Bréfritari: Jóhannes Guðmundsson
Viðtakandi: Jón Borgfirðings Jónsson
Dagsetning: A-1866-02-11
Skrifað á: Gunnsteinsstöðum  A-Hún.

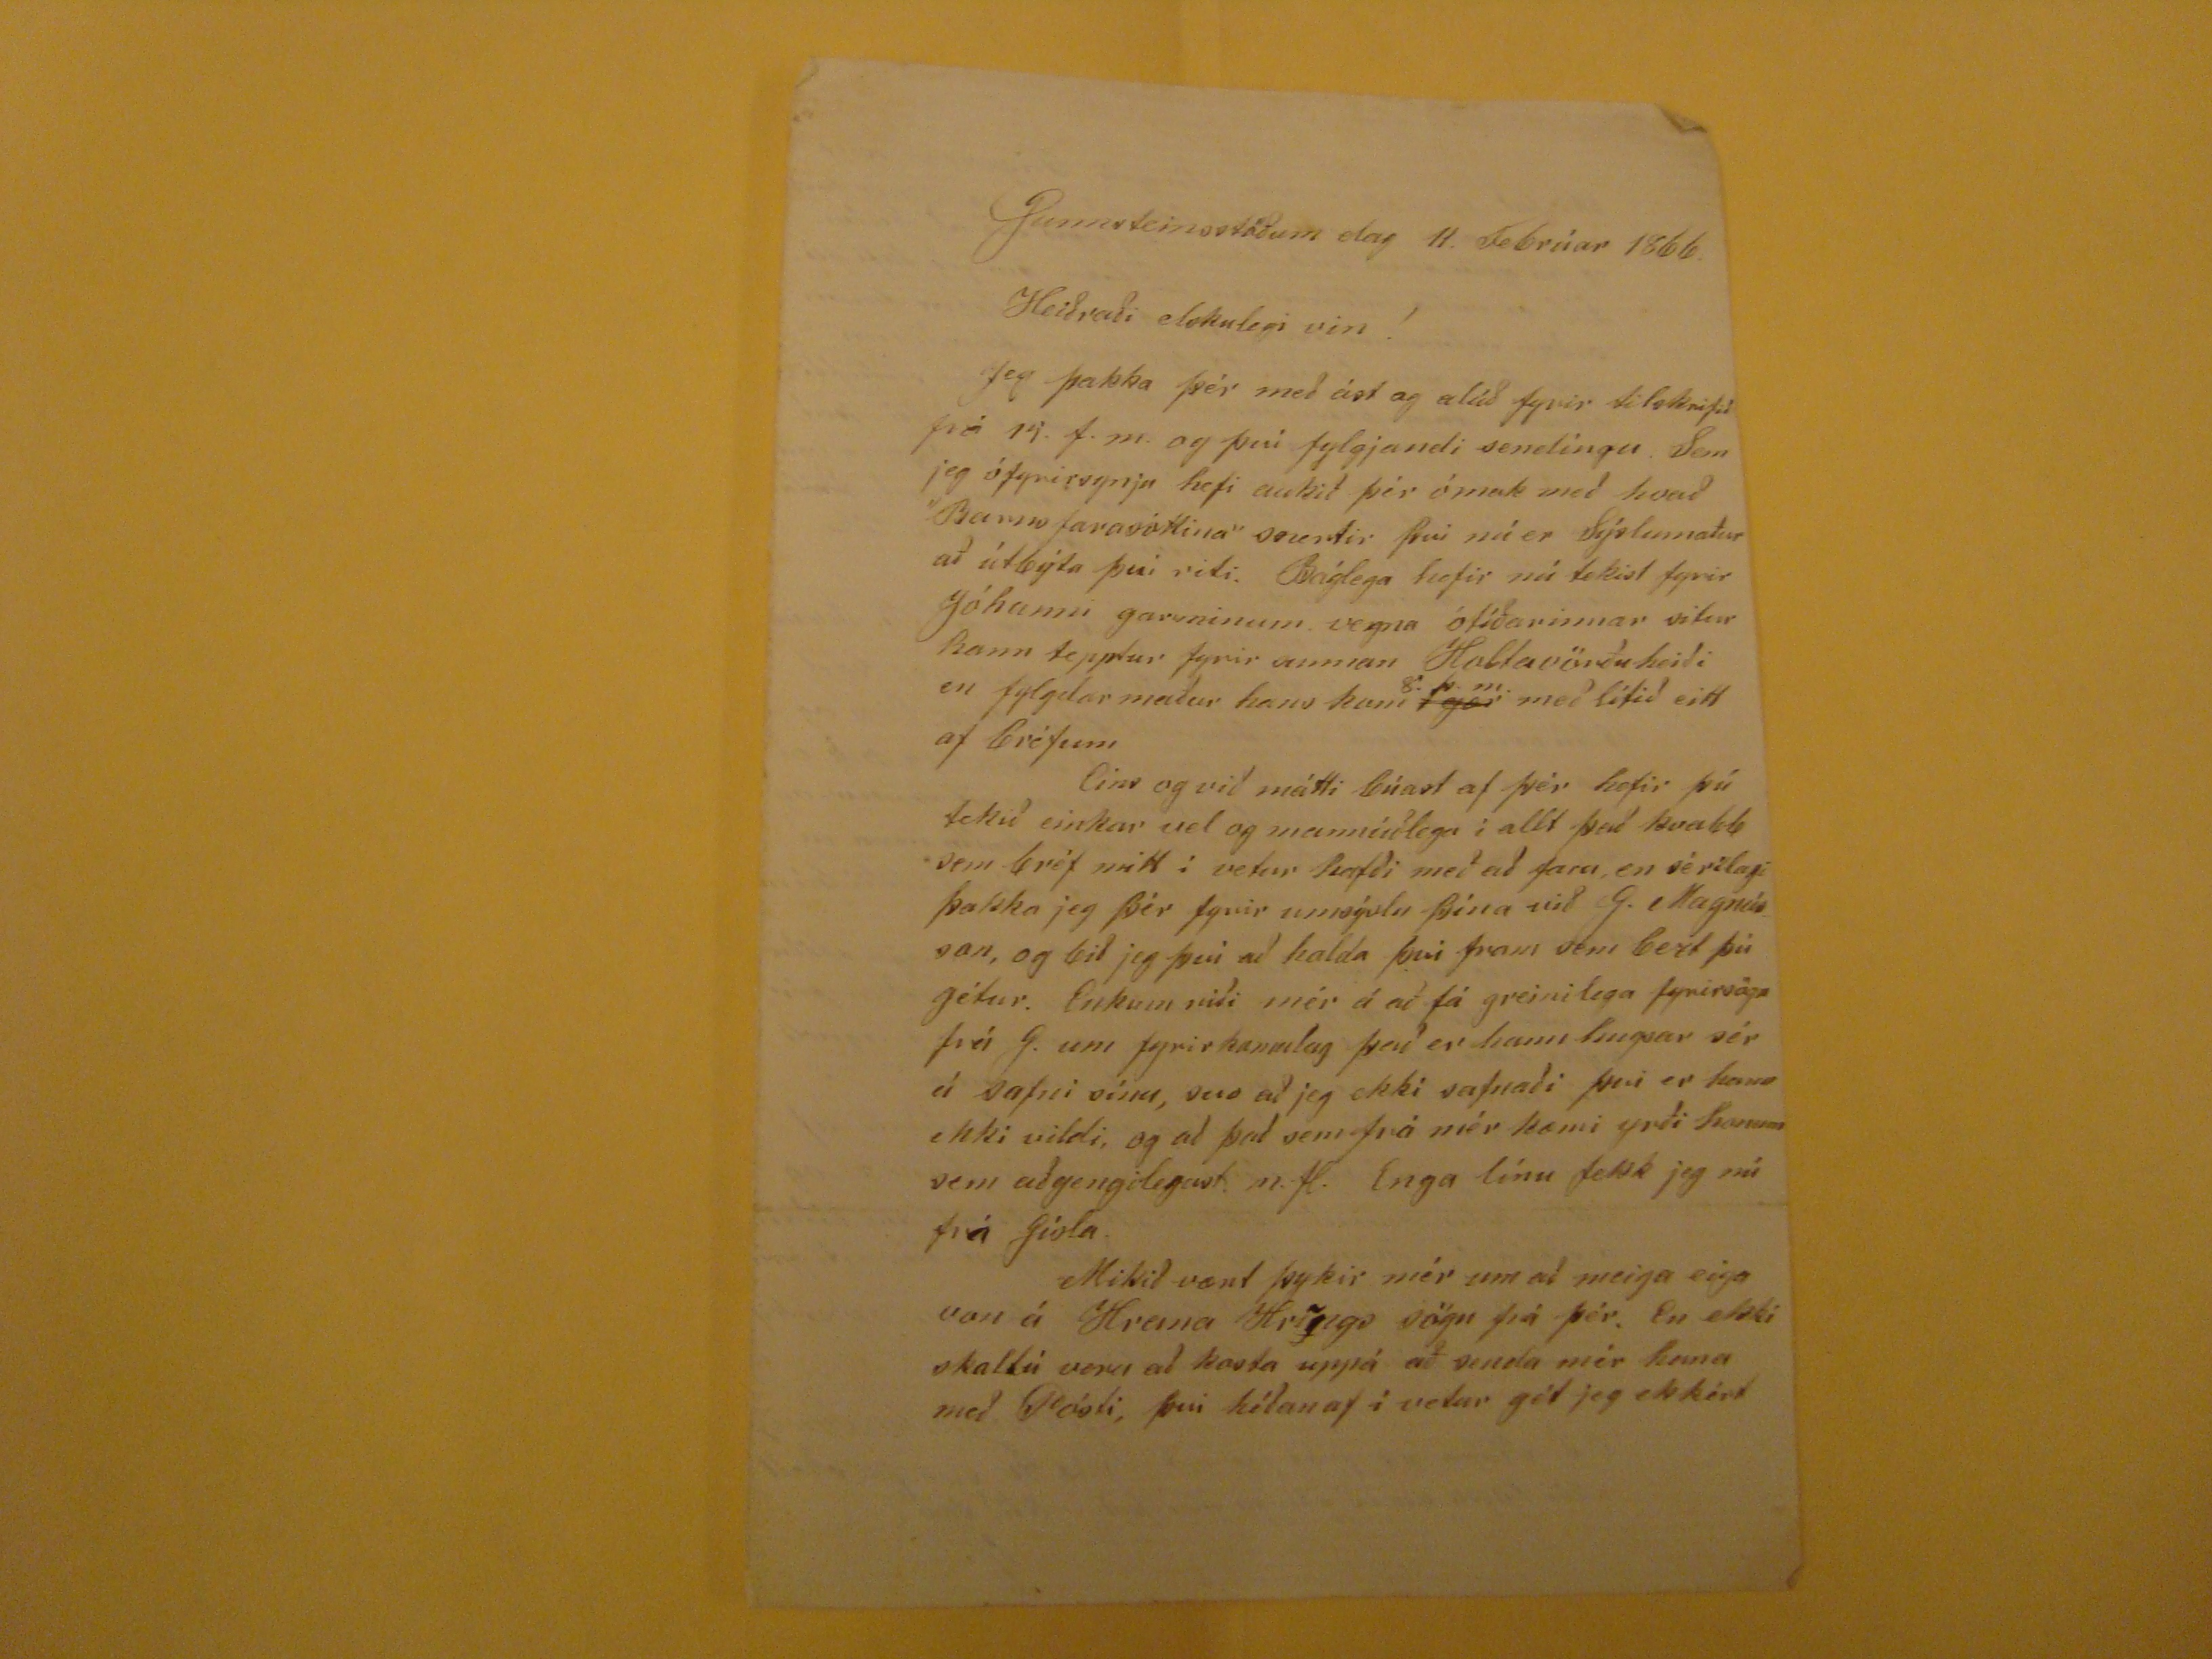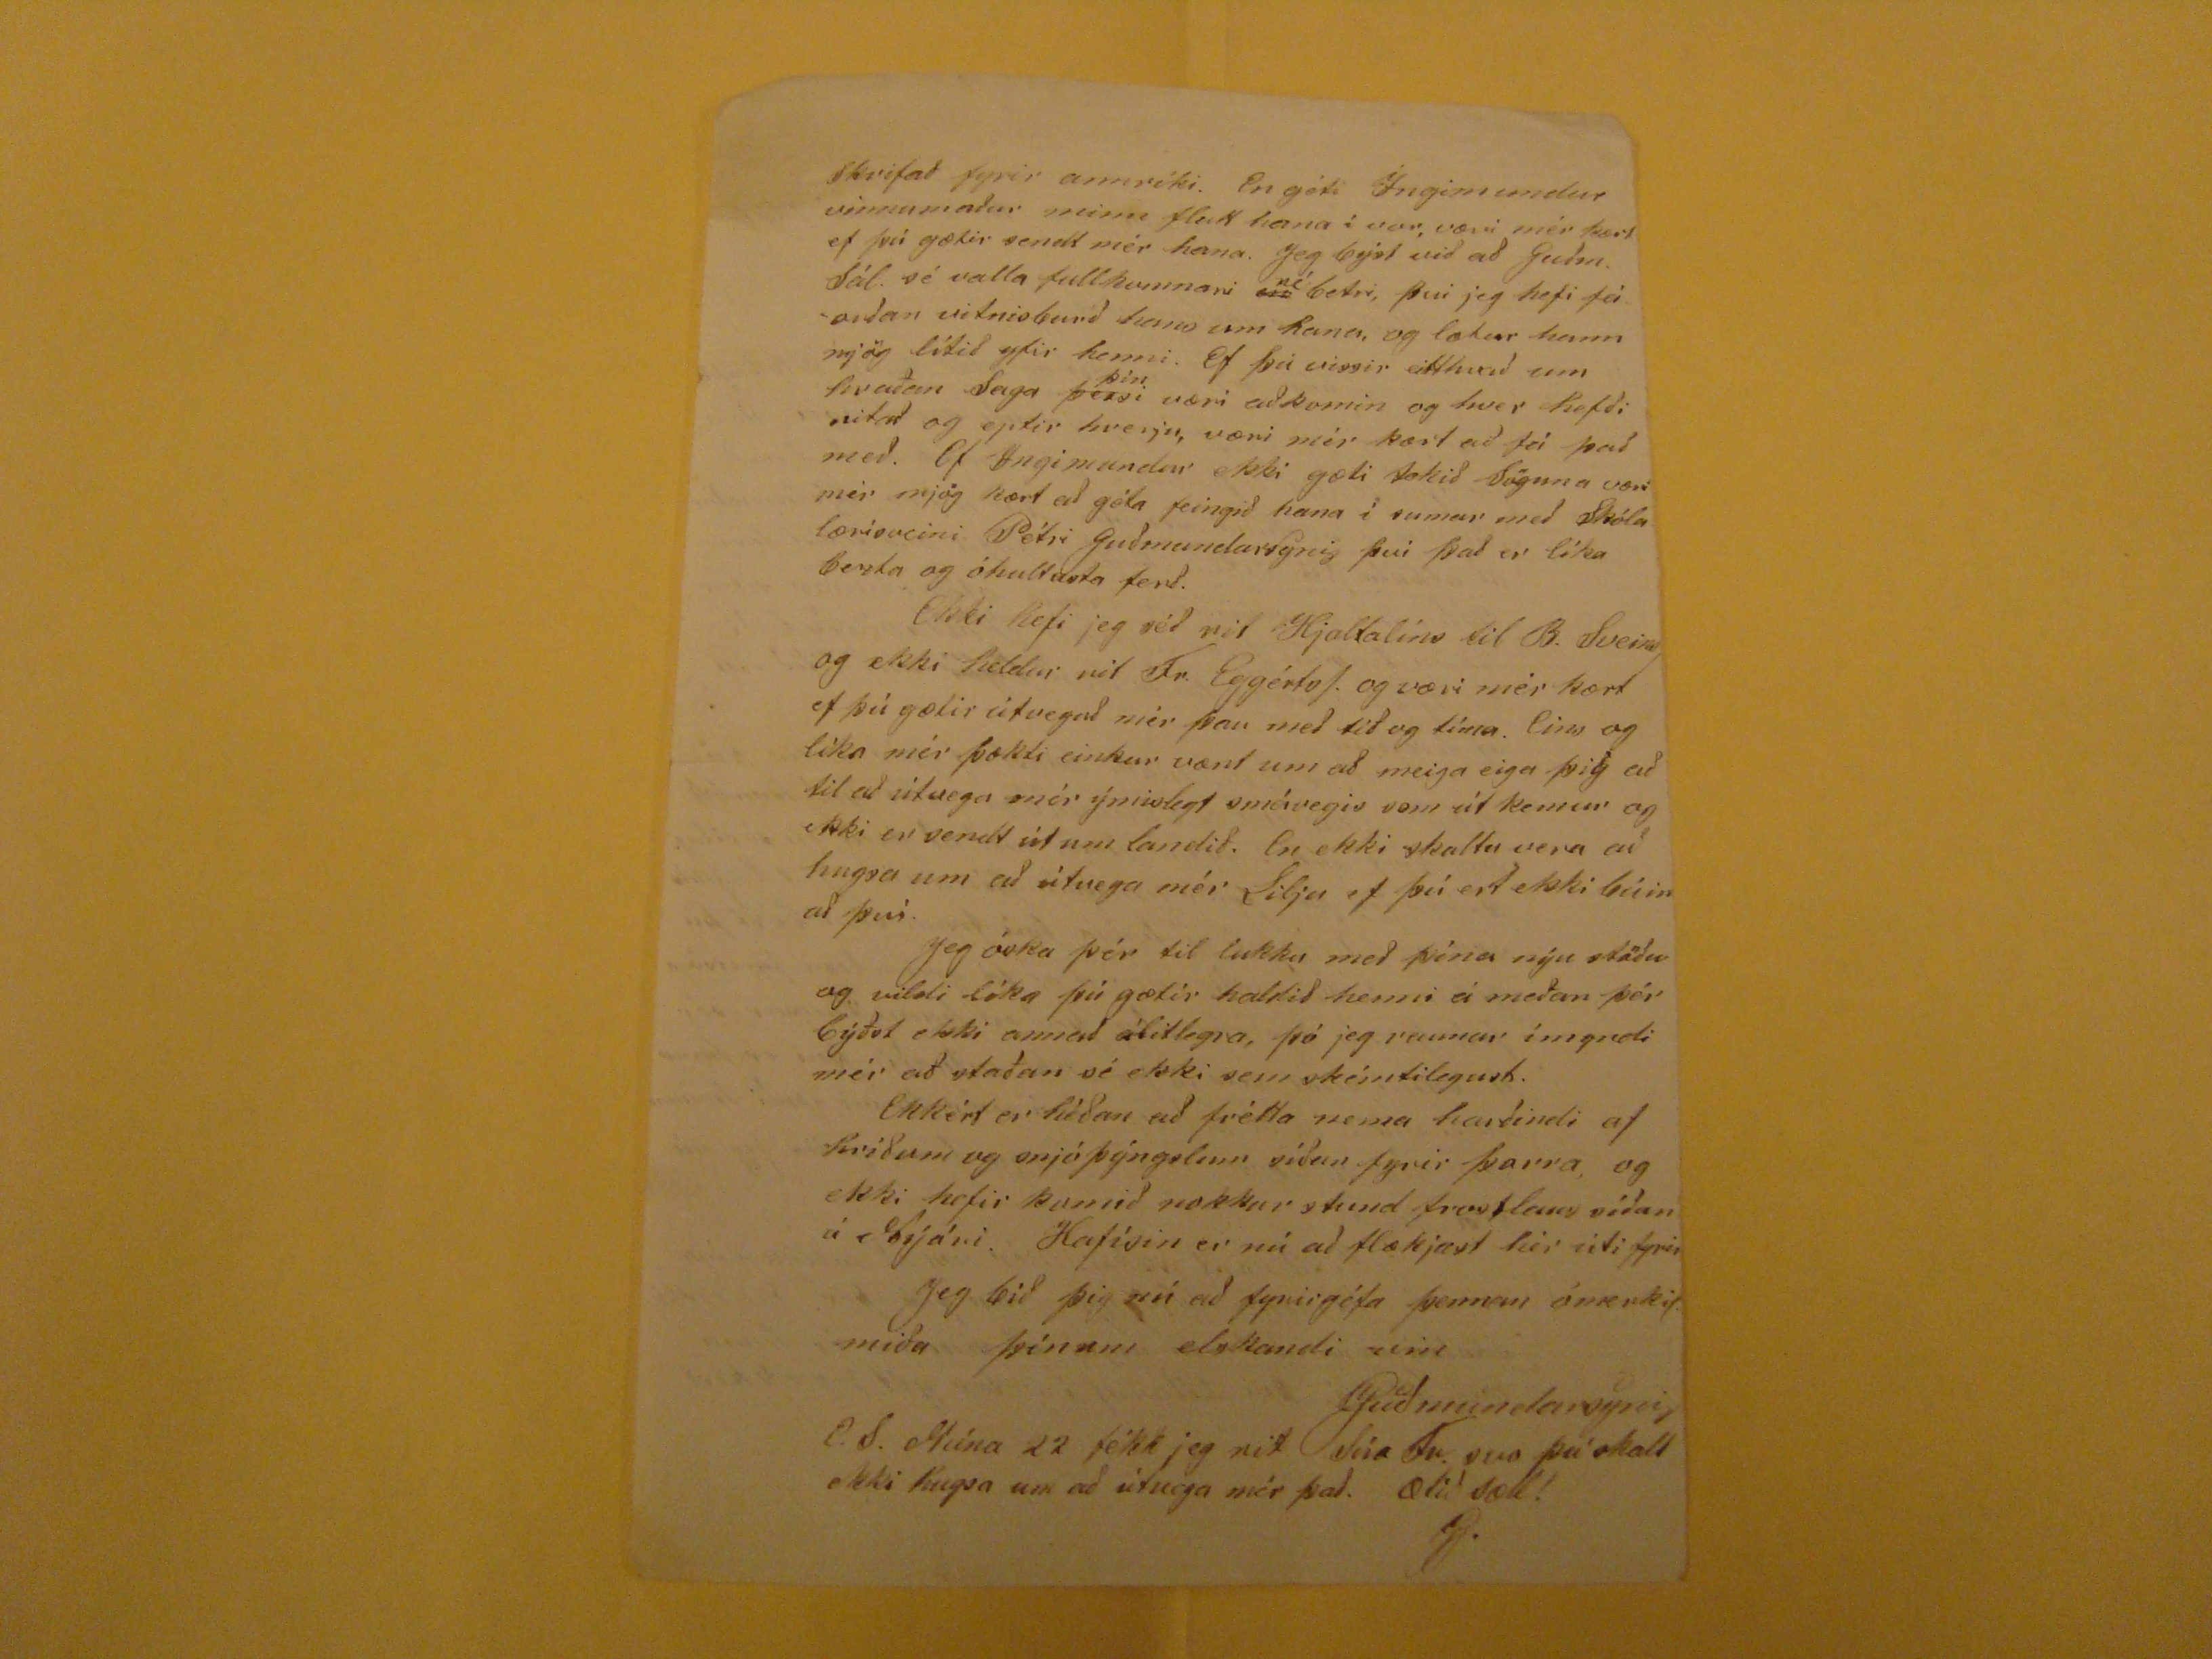

Gunnsteinsstöðum dag 11. Febrúar 1866.
Heiðraði elskulegi vin!
Jeg þakka þér með ást og alúð fyrir tilskrifið frá
19
. f.m. og því fylgjandi sendíngu. Sem jeg ófyrirsynju hefi aukið þér ómak með hvað "Barnsfarasóttina"
snertir
því nú er Sýslumaður að útbýta því riti. Báglega hefir nú tekist fyrir Jóhanni garminum. vegna ótíðarinnar situr hann tepptur fyrir sunnan Holtavörðuheiði en fylgdarmaður hans hann
í gær
8.þ.m.
með lítið eitt af bréfum Eins og við mátti búast af þér hefir þú tekið einkar vel og mannúðlega í allt það kvabb sem bréf mitt í vetur hafði með að fara, en sérílagi þakka jeg þér fyrir umsýslu þína við G. magnússon, og bið jeg því að halda því fram sem bezt þú gétur. Enkum
riði
mér á að fá greinilega fyrirsögn frá G. um fyrirkomulag það er hann hugsar sér á safni sínu, svo að jeg ekki safnaði því er hann ekki vildi, og að það sem frá mér kæmi yrði honum sem aðgengilegast m.fl. Enga línu fekk jeg nú frá gísla. Mikið vænt þykir mér um að meiga eiga von á Hrana
Hrings
sögn frá þér. En ekki skaltú vera að kosta uppá að senda mér hana með Pósti, því
héðanaf
í vetur gét jeg ekkért
skrifað fyrir annríki. En géti Íngimundur vinnumaður minn flutt hana í vor, væri mér kært ef þú gætir sendt mér hana. Jeg býst við að Guðm. Sál. sé vala fullkomnari
en
né
betri, því jeg hefi fáorðan vitnisburð hans um hana, og lætur hann mjög lítið yfir henni. Ef þú vissir eitthvað um hvaðan Saga
þessi
þín
væri aðkomin og hver hefði vitað og eptir hverju, væri mér kært að fá það með. Ef Ingimundur ekki gæti tekið Söguna væri mér mjög kært að géta feingið hana í sumar emð Skóla lærisveini Pétri Guðmundarsyni því það er líka bezta og óhultusta ferð. Ekki hefi jeg séð rit Hjaltalíns til B. Sveins og ekki heldur rit Fr. Eggértss. og væri mér kært ef þú gætir útvegað mér þau með tíð og tíma. Eins og líka mér þækti einkar vænt um að meiga eiga þig að til að útvega mér ýmislegt smávegis sem út kemur og ekki er sendt út um landið. En ekki skaltu vera að hugsa um að útvega mér Lilju ef þú ert ekki búin að því. Jeg óska þér til lukku með þína nýu stöðu og vildi líka þú gætir haldið henni á meðan þér býðst ekki annað álitlegra, þó jeg raunar ímyndi mér að staðan sé ekki sem skémtilegust. Ekkért er héðan að frétta nema harðindi af hríðum og snjóþýngslum síðan fyrir Þorra, og ekki hefir komið nokkur stund frostlaus síðan á Nýári. Hafísin er nú að flækjast hér úti fyrir
Jeg bið þig nú að fyrirgéfa þennan ómerkil. miða þínum elskandi vin
JGuðmundarsyni
E.S. Núna 22 fékk jeg rit síra Fr. svo þú skalt ekki hugsa um að útvega mér það. Ætíð sæll! JG.